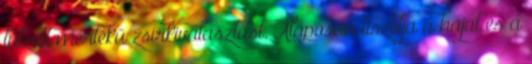
túlzott mértékű zsírkiválasztást. Alaposan tisztítja a hajat és a